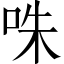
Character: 咮